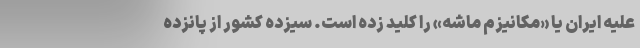
علیه ایران یا «مکانیزم ماشه» را کلید زده است. سیزده کشور از پانزده